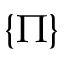
\{ \Pi \}